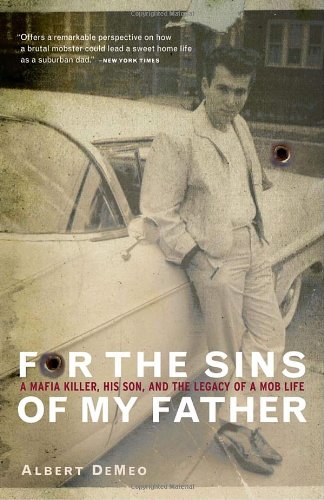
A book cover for For the Sins of My Father: A Mafia Killer, His Son, and the Legacy of a Mob Life; Albert DeMeo; Biographies & Memoirs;